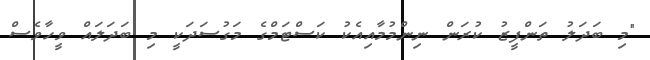
"މި ބަދަލު ތަންފީޒު ކުރަން ނިންމުމާއިއެކު ކަސްޓަމްގެ މަގުސަދަކީ މި ބަދަލައް ވީހާވެސް